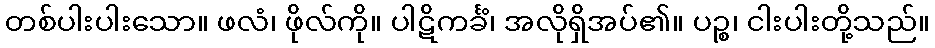
တစ်ပါးပါးသော။ ဖလံ၊ ဖိုလ်ကို။ ပါဋိကင်္ခံ၊ အလိုရှိအပ်၏။ ပဉ္စ၊ ငါးပါးတို့သည်။